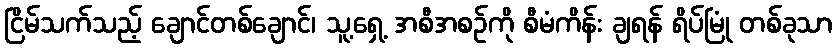
ငြိမ်သက်သည့် ချောင်တစ်ချောင်၊ သူ့ရှေ့ အစီအစဉ်ကို စီမံကိန်း ချရန် ရိပ်မြုံ တစ်ခုသာ